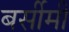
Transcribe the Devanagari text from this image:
बर्सीमी